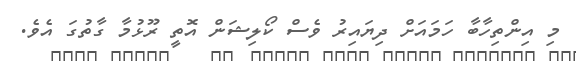
މި އިންތިހާބާ ހަމައަށް ދިޔައިރު ވެސް ކޯލިޝަން އޮތީ ރޫޅުމާ ގާތުގަ އެވެ.